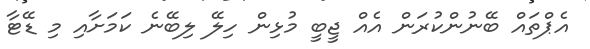
އެޕްތައް ބޭނުންކުރަން އެއް ޖީބީ މުޅިން ހިލޭ ލިބޭނެ ކަމަށާއި މި ޑޭޓާ